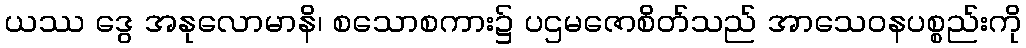
ယဿ ဒွေ အနုလောမာနိ၊ စသောစကား၌ ပဌမဇောစိတ်သည် အာသေဝနပစ္စည်းကို